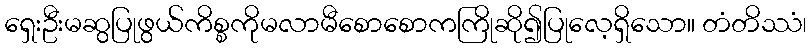
ရှေးဦးမဆွပြုဖွယ်ကိစ္စကိုမလာမီစောစောကကြိုဆို၍ပြုလေ့ရှိသော။ တံတိဿံ၊